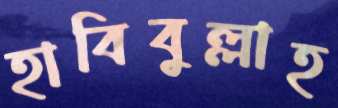
হাবিবুল্লাহ